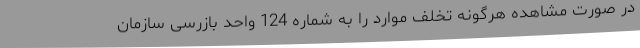
در صورت مشاهده هرگونه تخلف موارد را به شماره 124 واحد بازرسی سازمان